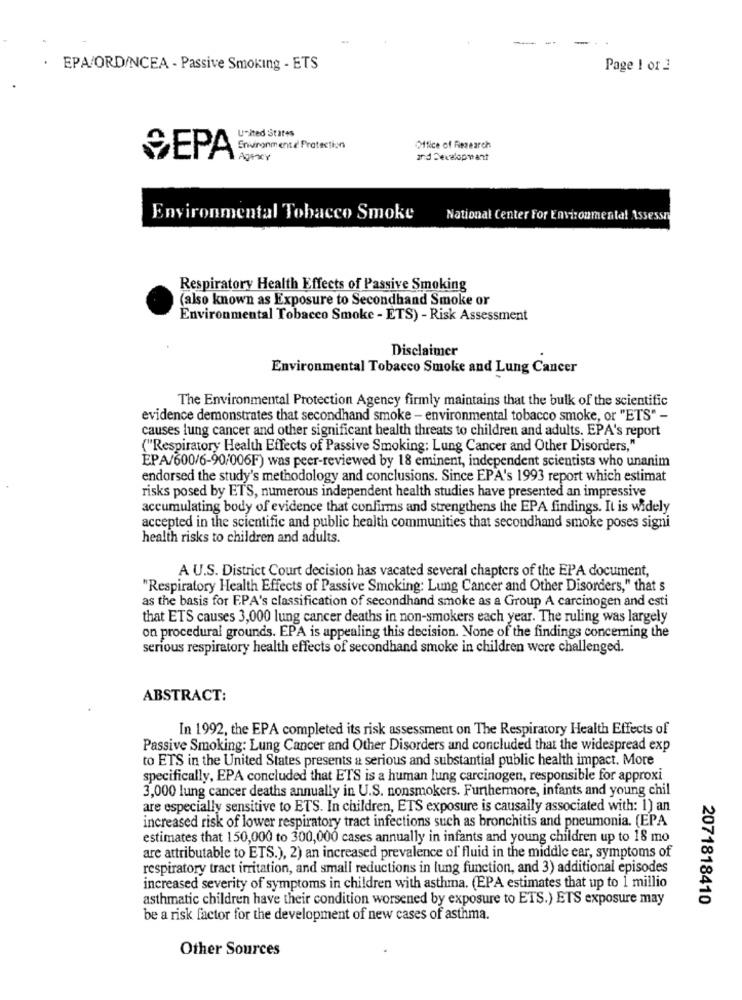
EPA/ORD/NCEA - Passive Smoking - ETS
Page 1 of 1
united States
Office of Research
SEPA Swicomment Protection
Agrar
and Developwant
Environmental Tobacco Smoke
National Center For Environmental Assessr
Respiratory Health Effects of Passive Smoking
(also known as Exposure to Secondhand Smoke or
Environmental Tobacco Smoke - ETS) - Risk Assessment
Disclaimer
Environmental Tobacco Smoke and Lung Cancer
The Environmental Protection Agency firmly maintains that the bulk of the scientific
evidence demonstrates that secondhand smoke - environmental tobacco smoke, or "ETS" -
causes lung cancer and other significant health threats to children and adults. EPA's report
("Respiratory Health Effects of Passive Smoking: Lung Cancer and Other Disorders,"
EPA/600/6-90/006F) was peer-reviewed by 18 eminent, independent scientists who unanim
endorsed the study's methodology and conclusions. Since EPA's 1993 report which estimat
risks posed by ETS, numerous independent health studies have presented an impressive
accumulating body of evidence that confirms and strengthens the EPA findings. It is widely
accepted in the scientific and public health communities that secondhand smoke poses signi
health risks to children and adults.
A U.S. District Court decision has vacated several chapters of the EPA document,
"Respiratory Health Effects of Passive Smoking: Lung Cancer and Other Disorders," that s
as the basis for EPA's classification of secondhand smoke as a Group A carcinogen and esti
that ETS causes 3,000 lung cancer deaths in non-smokers each year. The ruling was largely
on procedural grounds. EPA is appealing this decision. None of the findings concerning the
serious respiratory health effects of secondhand smoke in children were challenged.
ABSTRACT:
In 1992, the EPA completed its risk assessment on The Respiratory Health Effects of
Passive Smoking: Lung Cancer and Other Disorders and concluded that the widespread exp
to ETS in the United States presents a serious and substantial public health impact. More
specifically, EPA concluded that ETS is a human lung carcinogen, responsible for approxi
3,000 lung cancer deaths annually in U.S. nonsmokers. Furthermore, infants and young chil
are especially sensitive to ETS. In children, ETS exposure is causally associated with: 1) an
increased risk of lower respiratory tract infections such as bronchitis and pneumonia. (EPA
estimates that 150,000 to 300,000 cases annually in infants and young children up to 18 mo
are attributable to ETS.), 2) an increased prevalence of fluid in the middle ear, symptoms of
respiratory tract irritation, and small reductions in lung function, and 3) additional episodes
increased severity of symptoms in children with asthma. (EPA estimates that up to 1 millio
asthmatic children have their condition worsened by exposure to ETS.) ETS exposure may
2071818410
be a risk factor for the development of new cases of asthma.
Other Sources